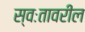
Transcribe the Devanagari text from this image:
स्वःतावरील